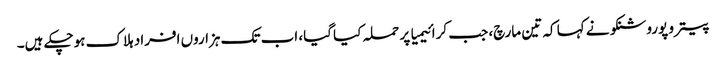
پیترو پوروشنکو نے کہا کہ تین مارچ، جب کرائیمیا پر حملہ کیا گیا، اب تک ہزاروں افراد ہلاک ہوچکے ہیں۔